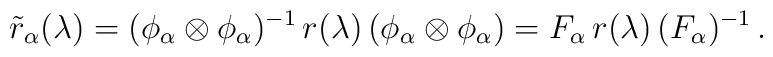
\tilde{r}_\alpha(\lambda) =    (\phi_\alpha \otimes \phi_\alpha)^{-1} \,  r(\lambda) \, (\phi_\alpha \otimes \phi_\alpha)   = F_\alpha \, r(\lambda) \, (F_\alpha)^{-1} \,.